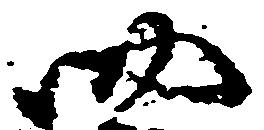
四